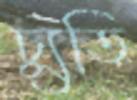
চ্যুতি